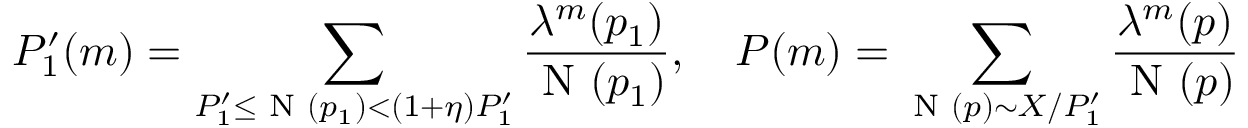
P _ { 1 } ^ { \prime } ( m ) = \sum _ { P _ { 1 } ^ { \prime } \le \textnormal { N } ( p _ { 1 } ) < ( 1 + \eta ) P _ { 1 } ^ { \prime } } \frac { \lambda ^ { m } ( p _ { 1 } ) } { \textnormal { N } ( p _ { 1 } ) } , \quad P ( m ) = \sum _ { \textnormal { N } ( p ) \sim X / P _ { 1 } ^ { \prime } } \frac { \lambda ^ { m } ( p ) } { \textnormal { N } ( p ) }